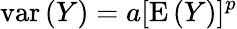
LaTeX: {\mathrm{var}}\, (Y)=a[{\mathrm{E}}\, (Y)]^{p}